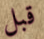
قبل